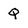
Character: Q